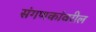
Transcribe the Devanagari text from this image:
संगणकांवरील